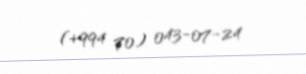
(+994 70) 043-07-24